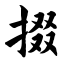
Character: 掇